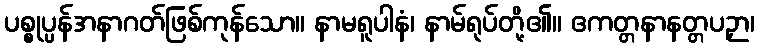
ပစ္စုပ္ပန်အနာဂတ်ဖြစ်ကုန်သော။ နာမရူပါနံ၊ နာမ်ရုပ်တို့၏။ ဧကတ္တနာနတ္တပဉှာ၊